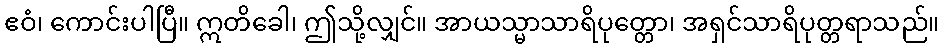
ဧဝံ၊ ကောင်းပါပြီ။ ဣတိခေါ၊ ဤသို့လျှင်။ အာယသ္မာသာရိပုတ္တော၊ အရှင်သာရိပုတ္တရာသည်။